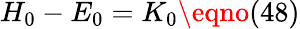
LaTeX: H_{0}-E_{0}=K_{0}\eqno(48)